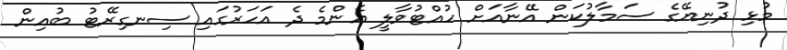
މުޅި ދުނިޔޭގެ ސަމާލުކަން އޭނާއަށް ހުއްޓުވާލީ އެންމެ ދެ އަހަރުގައި ސިނގިރޭޓު ބުއިން